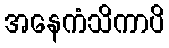
အနေကံသိကာပိ